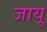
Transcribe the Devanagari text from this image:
जायू